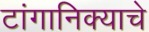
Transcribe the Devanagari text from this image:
टांगानिक्याचे